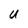
Character: U